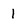
Character: 1